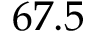
6 7 . 5